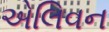
એલિવન